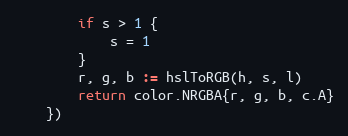
Language: Go
		if s > 1 {
			s = 1
		}
		r, g, b := hslToRGB(h, s, l)
		return color.NRGBA{r, g, b, c.A}
	})